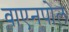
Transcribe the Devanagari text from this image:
वाएनपोल